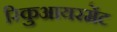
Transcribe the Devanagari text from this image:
रिकुआयरमेंट